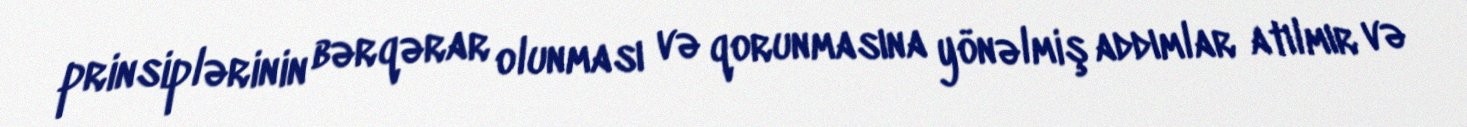
prinsiplərinin bərqərar olunması və qorunmasına yönəlmiş addımlar atılmır və